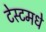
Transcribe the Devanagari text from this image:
टेस्टमधे